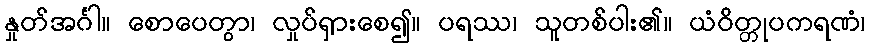
နှုတ်အင်္ဂါ။ စောပေတွာ၊ လှုပ်ရှားစေ၍။ ပရဿ၊ သူတစ်ပါး၏။ ယံဝိတ္တုပကရဏံ၊